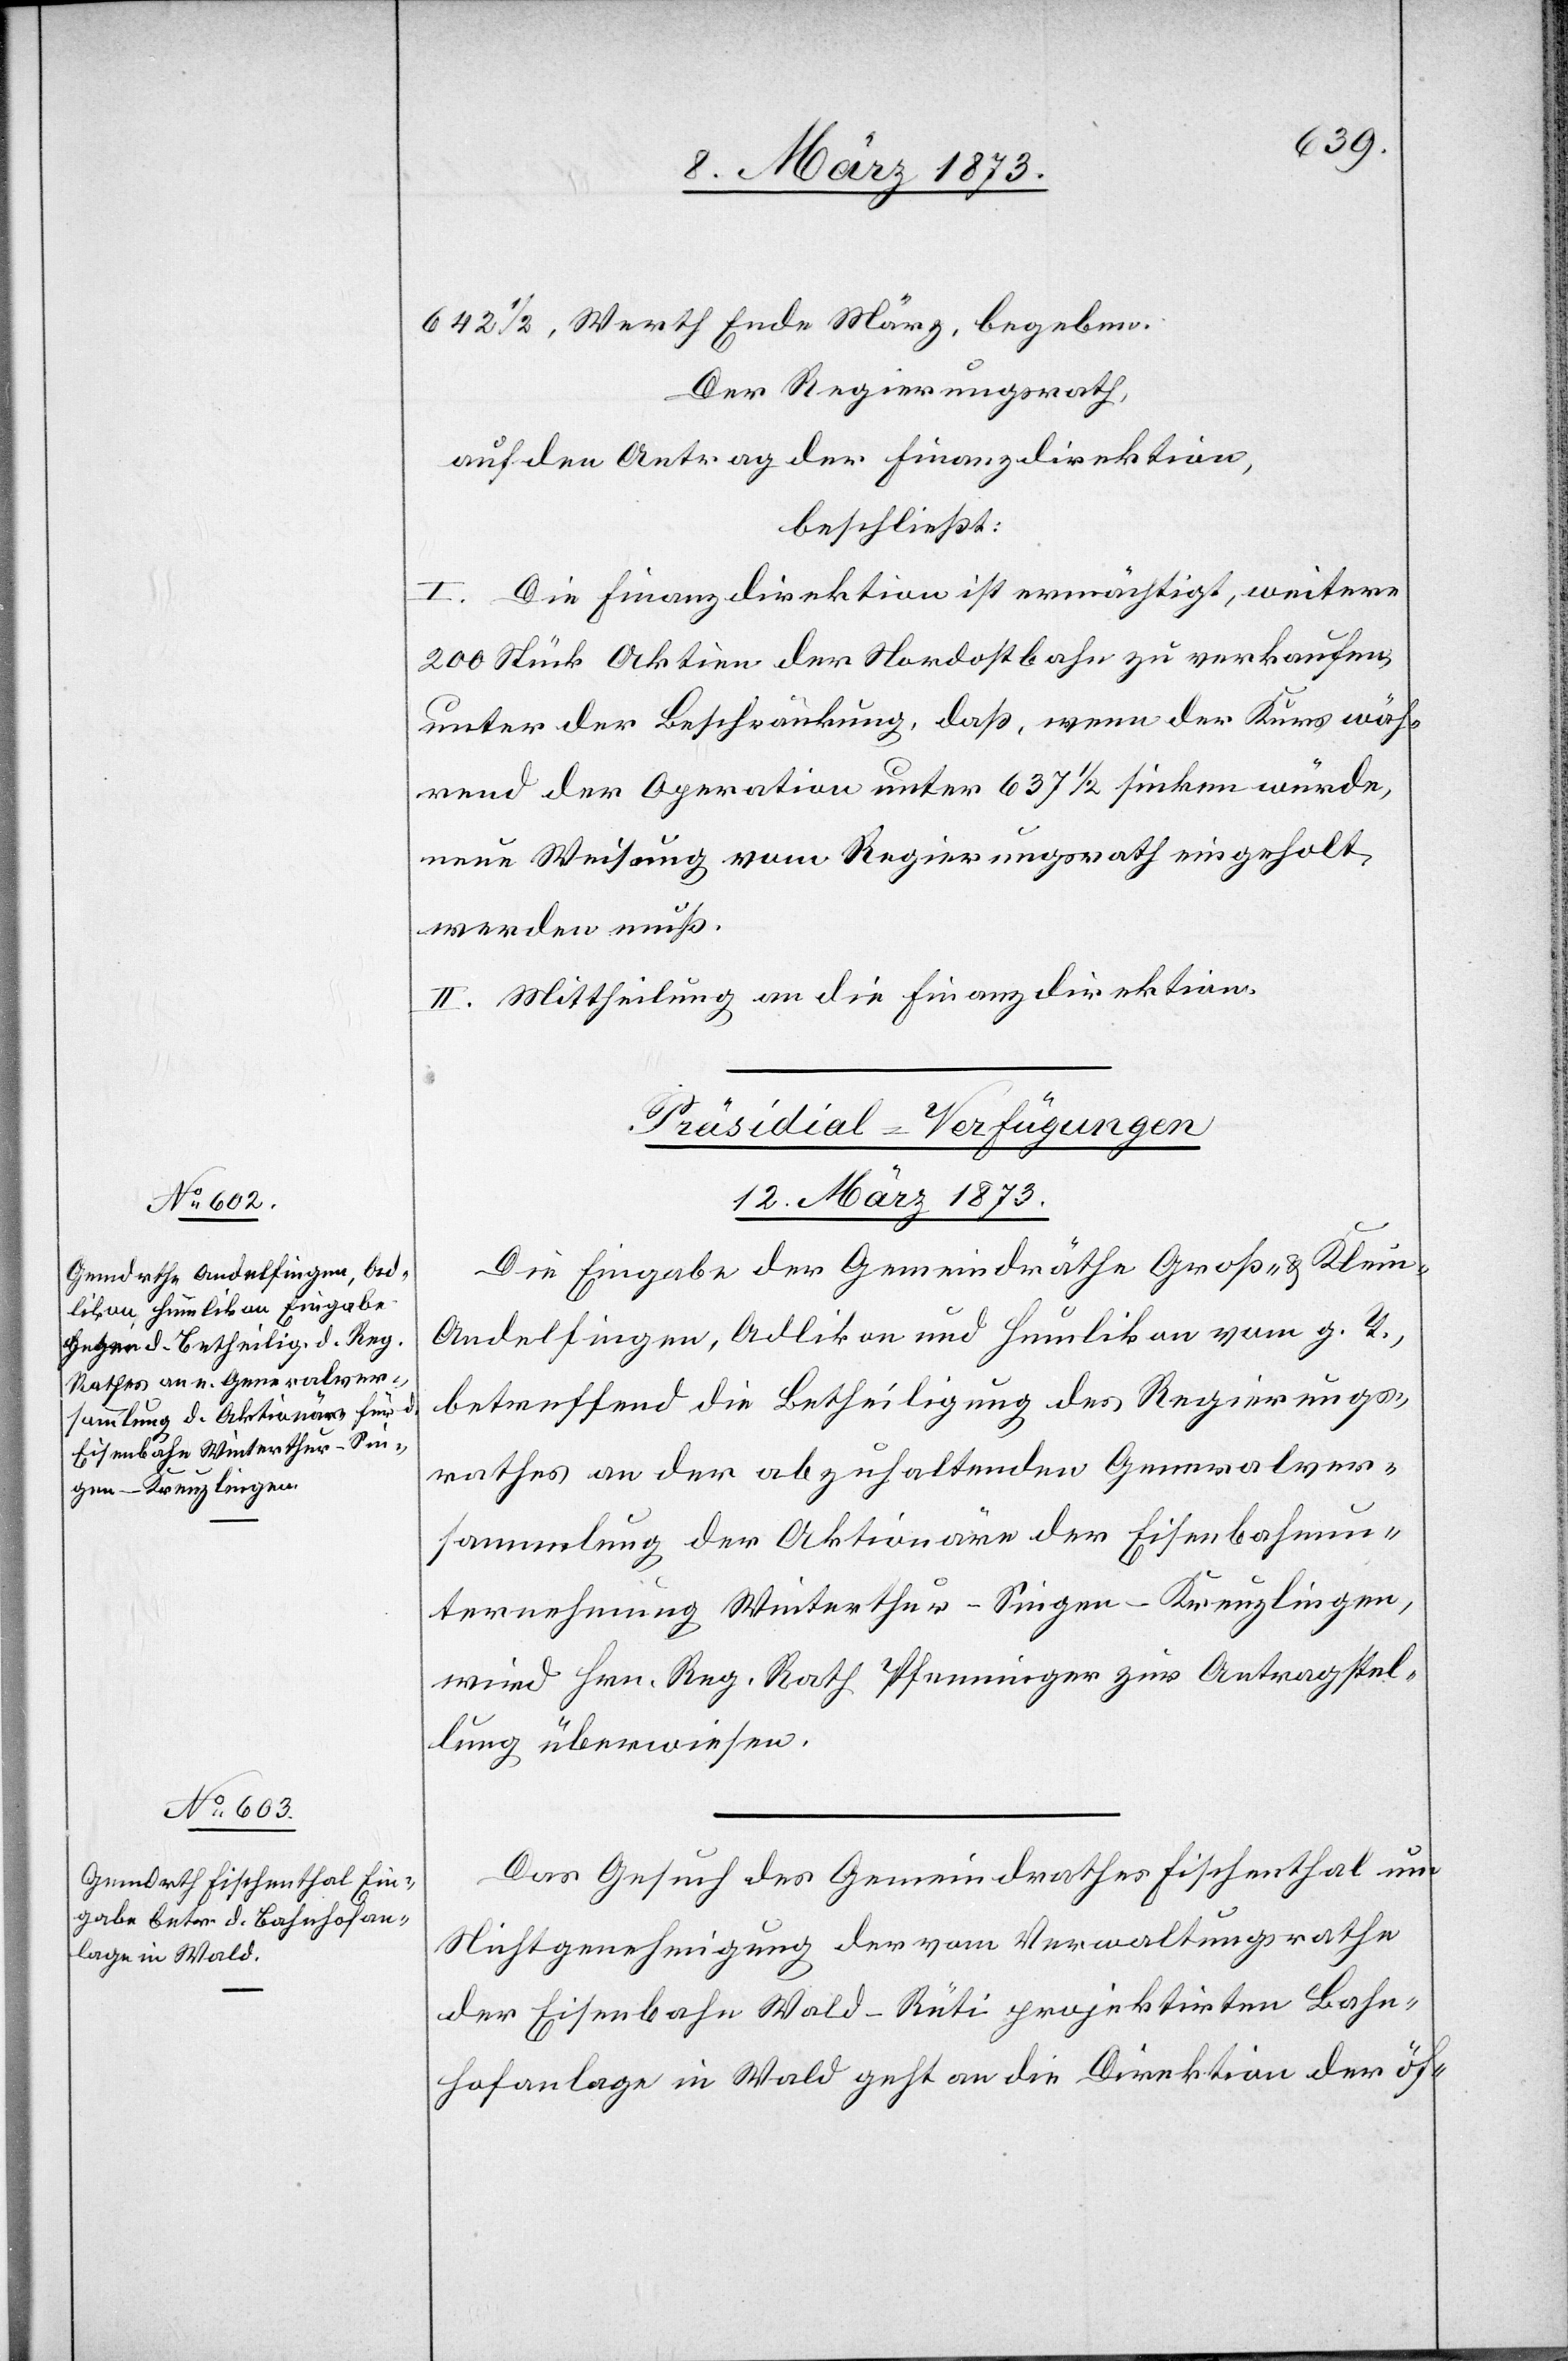
12. März 1873.]
642 1/2, Werth Ende März, begeben.
Der Regierungsrath,
auf den Antrag der Finanzdirektion,
beschließt:
I. Die Finanzdirektion ist ermächtig, weitere
200 Stück Aktien der Nordostbahn zu verkaufen,
unter der Beschränkung, daß, wenn der Kurs wäh¬
rend der Operation unter 637 1/2 sinken würde,
neue Weisung vom Regierungsrath eingeholt
werden muß.
II. Mittheilung an die Finanzdirektion.
[Präsidial-Verfügungen.
Die Eingabe der Gemeindräthe Groß- u. Klein-A¬
ndelfingen, Adlikon und Humlikon vom g. T.,
betreffend die Betheiligung des Regierungs¬
rathes an der abzuhaltenden Generalver¬
sammlung der Aktionäre der Eisenbahnun¬
ternehmung Winterthur–Singen–Kreuzlingen,
wird Hrn. Reg. Rath Pfenninger zur Antragstel¬
lung überwiesen.
Das Gesuch des Gemeindrathes Fischenthal um
Nichtgenehmigung der vom Verwaltungsrathe
der Eisenbahn Wald–Rüti projektirten Bahn¬
hofanlage in Wald geht an die Direktion der öf-